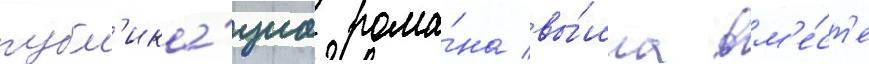
публ'ика́циа рома́на вы́шла вм'е́ст'е